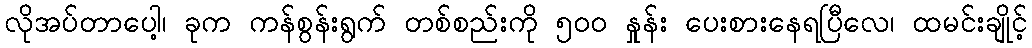
လိုအပ်တာပေါ့၊ ခုက ကန်စွန်းရွက် တစ်စည်းကို ၅၀၀ နှုန်း ပေးစားနေရပြီလေ၊ ထမင်းချိုင့်